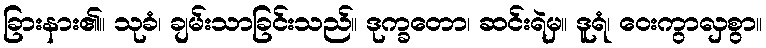
ခြားနား၏။ သုခံ၊ ချမ်းသာခြင်းသည်။ ဒုက္ခတော၊ ဆင်းရဲမှ။ ဒူရံ၊ ဝေးကွာလှစွာ။